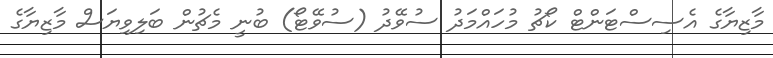
މާޒިޔާގެ އެސިސްޓަންޓް ކޯޗު މުހައްމަދު ސުވޭދު (ސުވޭޓޯ) ބުނީ މެޗުން ބަލިވިޔަސް މާޒިޔާގެ